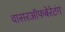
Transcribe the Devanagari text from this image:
वासरऑफबेरेटंग